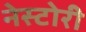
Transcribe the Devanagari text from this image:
नेस्टोरी